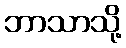
ဘာသာသို့